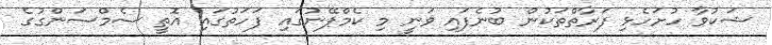
ޝަކުވާ ހުށަހެޅި ފަރާތްތަކުން ބުނެފައި ވަނީ މި ކެމްޕޭނުގައި ފަހަތުގައި އޮތީ ސެމްސަންގުގެ